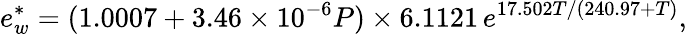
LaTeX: e_{w}^{*}=(1.0007+3.46\times 10^{-6}P)\times 6.1121\, e^{17.502T/(240.97+T)},